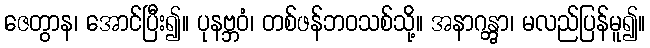
ဇေတွာန၊ အောင်ပြီး၍။ ပုနဗ္ဘဝံ၊ တစ်ဖန်ဘဝသစ်သို့။ အနာဂန္တွာ၊ မလည်ပြန်မူ၍။